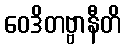
ဝေဒိတဗ္ဗာနီတိ